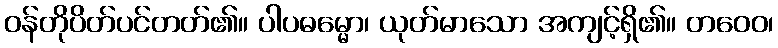
ဝန်တိုပိတ်ပင်တတ်၏။ ပါပဓမ္မော၊ ယုတ်မာသော အကျင့်ရှိ၏။ တဝေဝ၊